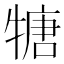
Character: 𤚫